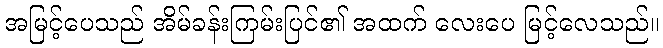
အမြင့်ပေသည် အိမ်ခန်းကြမ်းပြင်၏ အထက် လေးပေ မြင့်လေသည်။